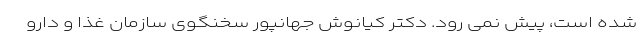
شده است، پیش نمی رود. دکتر کیانوش جهانپور سخنگوی سازمان غذا و دارو